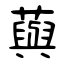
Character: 藇